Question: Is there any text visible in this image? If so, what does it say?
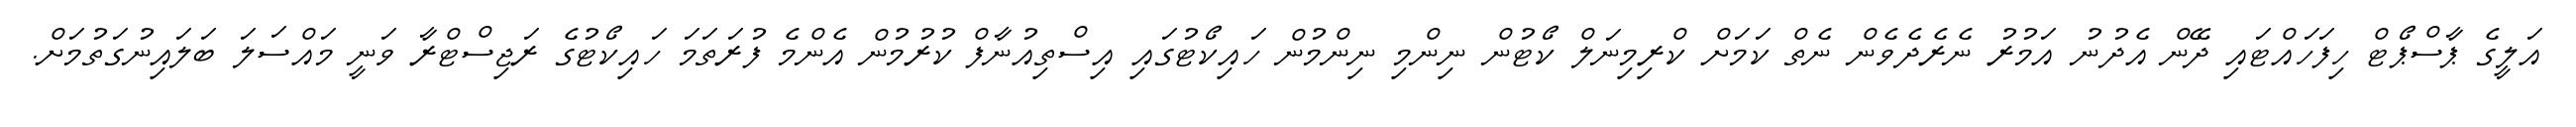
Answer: އަލީގެ ޕާސްޕޯޓް ހިފަހައްޓައި ދޭން އެދުނު އަމުރު ނެރެދެވެން ނެތް ކަމަށް ކްރިމިނަލް ކޯޓުން ނިންމި ނިންމުން ހައިކޯޓުގައި އިސްތިއުނާފް ކުރުމުން އެންމެ ފުރަތަމަ ހައިކޯޓުގެ ރަޖިސްޓްރާ ވަނީ މައްސަލަ ބަލައިނުގަތުމަށް.